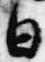
日